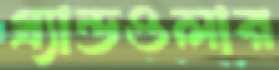
গ্র্যান্ডওলার